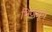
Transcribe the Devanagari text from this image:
भिजवून्